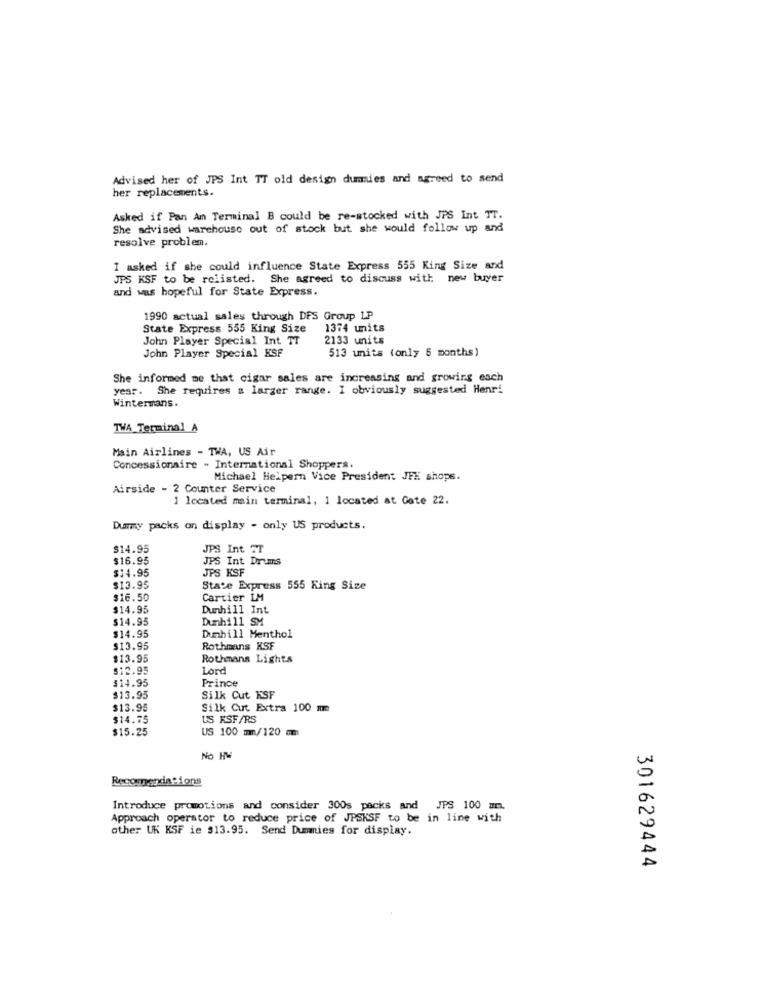
Advised her of JPS Int TT old design dummies and agreed to send
her replacements.
Asked if Pan Am Terminal B could be re-stocked with JPS Int TT.
She advised warehouse out of stock but she would follow up and
resolve problem.
I asked if she could influence State Express 555 King Size and
JPS KSF to be relisted. She agreed to discuss with new buyer
and was hopeful for State Express.
1990 actual sales through DFS Group LP
State Express 555 King Size
1374 units
John Player Special Int TT
2133 units
John Player Special HSF
513 units (only 6 months)
She informed me that cigar sales are increasing and growing esch
yesr. She requires a larger range. I obviously suggested Henri
Wintermans.
TWA Terminal A
Main Airlines - TWA, US Air
Concessionaire - International Shoppers.
Michael Helpern Vice President JFE shops.
Airside - 2 Counter Service
1 located main terminal, 1 located at Gate 22.
Dummy packs on display - only US products.
$14.95
JPS Int. 2T
$16.95
JPS Int Drums
JPS KSF
$14.95
$13.95
State Express 555 King Size
$16.50
Cartier IM
$14.95
Dunhill Int
$14.95
Dunhill SM
$14.95
Dunhill Menthol
$13.95
Rothmans KSF
$13.95
Rothmans Lights
$12.95
Lord
Prince
$14.95
$13.95
Silk Cut KSF
$13.95
Silk Cut Extra 100 m
$14.75
US KSF/RS
$15.25
US 100 m/120 mm
No HW
Recommendations
Introduce promotions and consider 300s packs and JPS 100 mm.
Approach operator to reduce price of JPSKSF to be in line with
other UK KSF ie $13.95. Send Dummies for display.
301629444